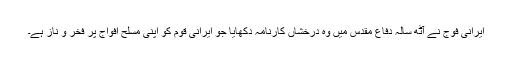
ایرانی فوج نے آٹھ سالہ دفاع مقدس میں وہ درخشاں کارنامہ دکھایا جو ایرانی قوم کو اپنی مسلح افواج پر فخر و ناز ہے۔